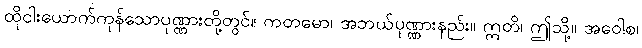
ထိုငါးယောက်ကုန်သောပုဏ္ဏားတို့တွင်။ ကတမော၊ အဘယ်ပုဏ္ဏားနည်း။ ဣတိ၊ ဤသို့။ အဝေါစ၊